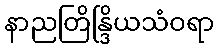
နာညတြိန္ဒြိယသံဝရာ